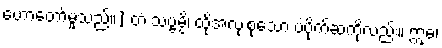
ဟောတော်မူသည်။] တံ သဗ္ဗမ္ပိ၊ ထိုအလုံးစုံသော ပဲပိုက်ဆံကိုလည်း။ ဣဓ၊